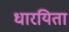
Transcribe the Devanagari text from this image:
धारयिता